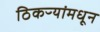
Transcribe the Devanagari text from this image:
ठिकऱ्यांमधून